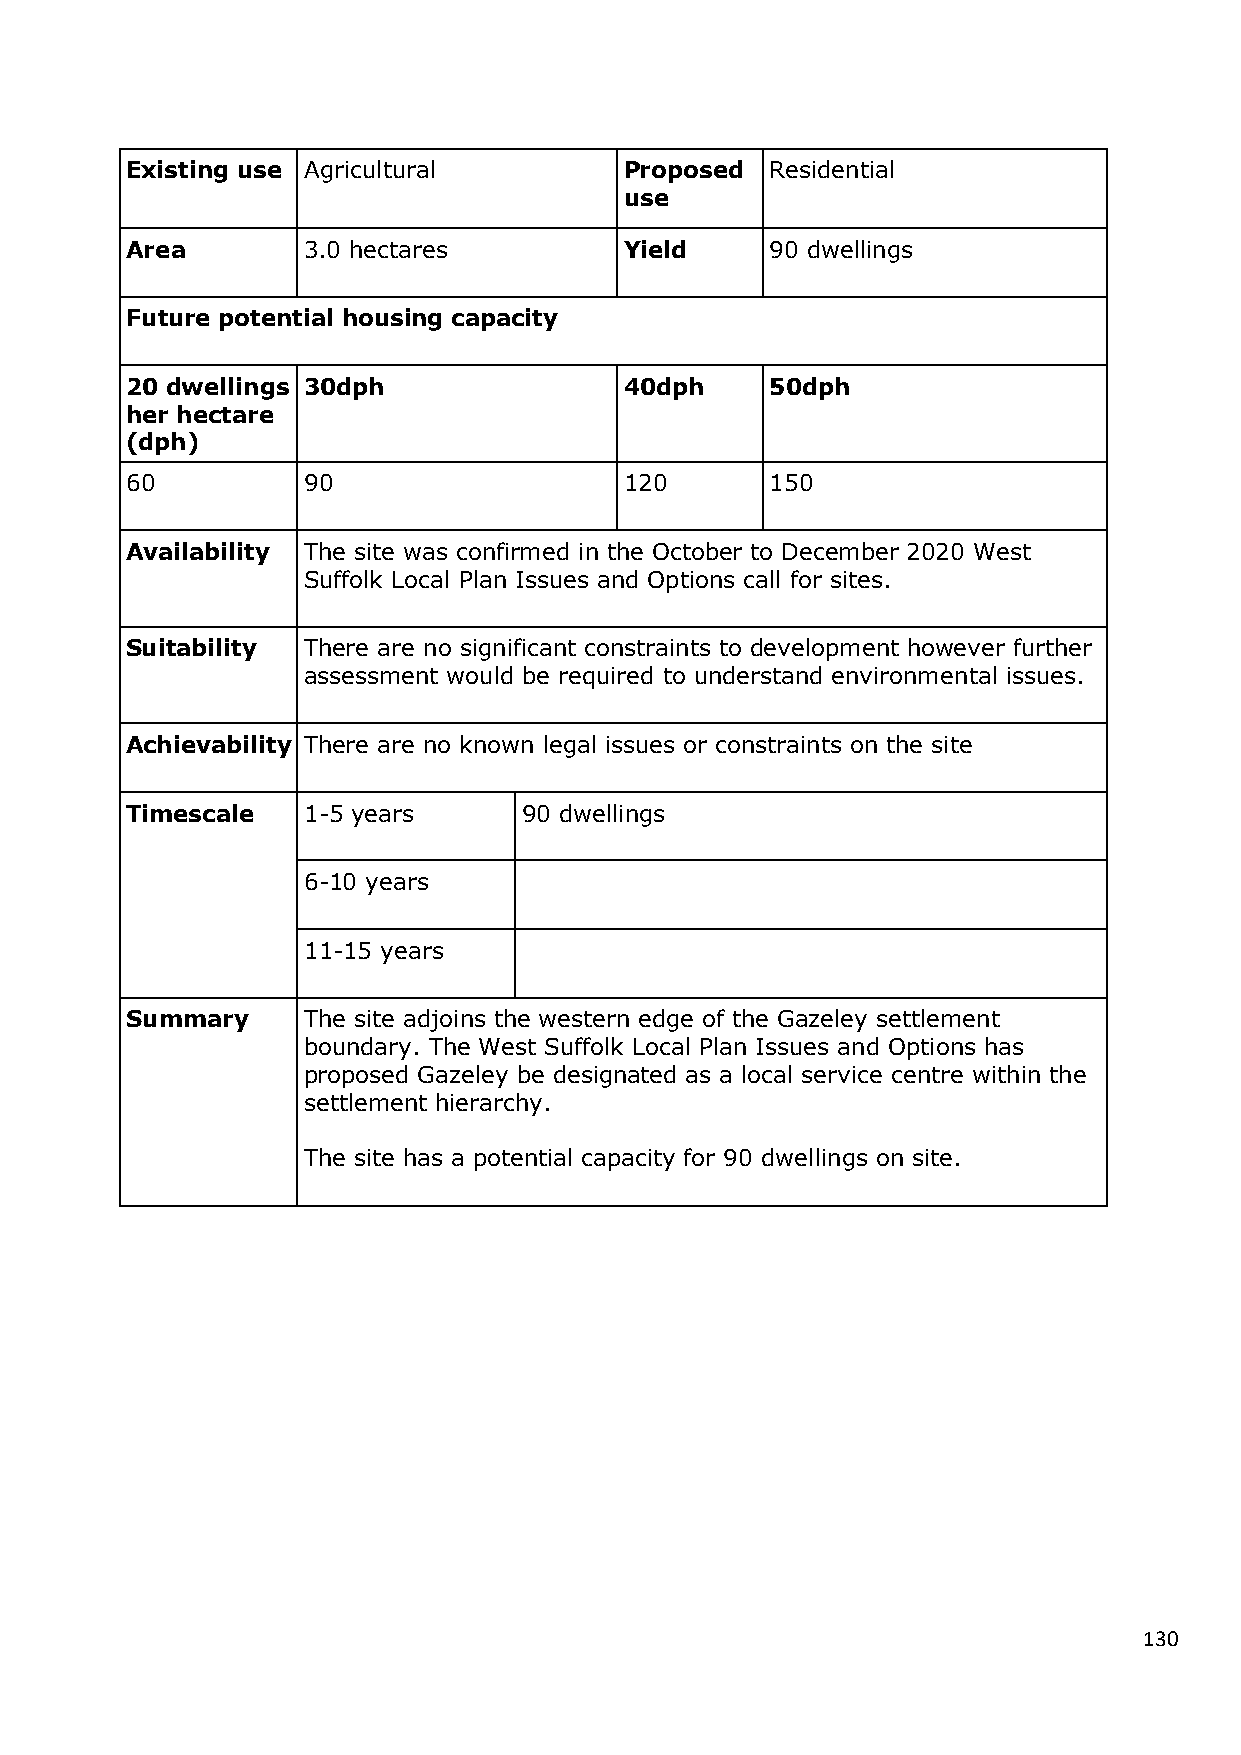
Existing use Agricultural        Proposed  Residential
 use
 Area        3.0 hectares         Yield     90 dwellings
 Future potential housing capacity
 20 dwellings 30dph               40dph     50dph
 her hectare
 (dph)
 60          90                   120       150
 Availability The site was confirmed in the October to December 2020 West
 Suffolk Local Plan Issues and Options call for sites.
 Suitability There are no significant constraints to development however further
 assessment would be required to understand environmental issues.
 Achievability There are no known legal issues or constraints on the site
 Timescale   1-5 years      90 dwellings
 6-10 years
 11-15 years
 Summary     The site adjoins the western edge of the Gazeley settlement
 boundary. The West Suffolk Local Plan Issues and Options has
 proposed Gazeley be designated as a local service centre within the
 settlement hierarchy.
 The site has a potential capacity for 90 dwellings on site.
 130